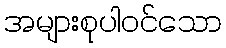
အများစုပါဝင်သော